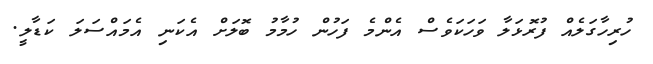
ހުރިހާގަލެއް ފުރޮޅަލާ ވަަހަކަވެސް އެންމެ ފަހުން ހުމާމު ބޮލަށް އެކަނި އެމައްސަލަ ކަޑާލީ.